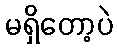
မရှိတော့ပဲ